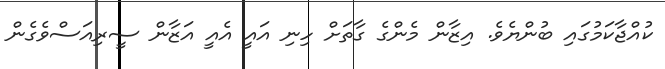
ކުއްޖާކަމުގައި ބުންޔެވެ. އިޒާން މެންގެ ގާތަށް ހިނި އައީ އެއީ އަޒާން ސީރިއަސްވެގެން